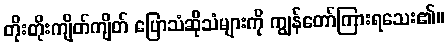
တိုးတိုးကျိတ်ကျိတ် ပြောသံဆိုသံများကို ကျွန်တော်ကြားရသေး၏။